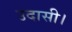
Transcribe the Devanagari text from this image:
उदासी।